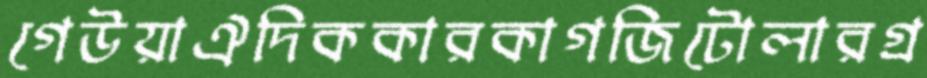
গেউয়াঐদিককারকাগজিটোলারগ্র